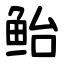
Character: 鲐